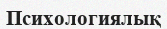
Психологиялық